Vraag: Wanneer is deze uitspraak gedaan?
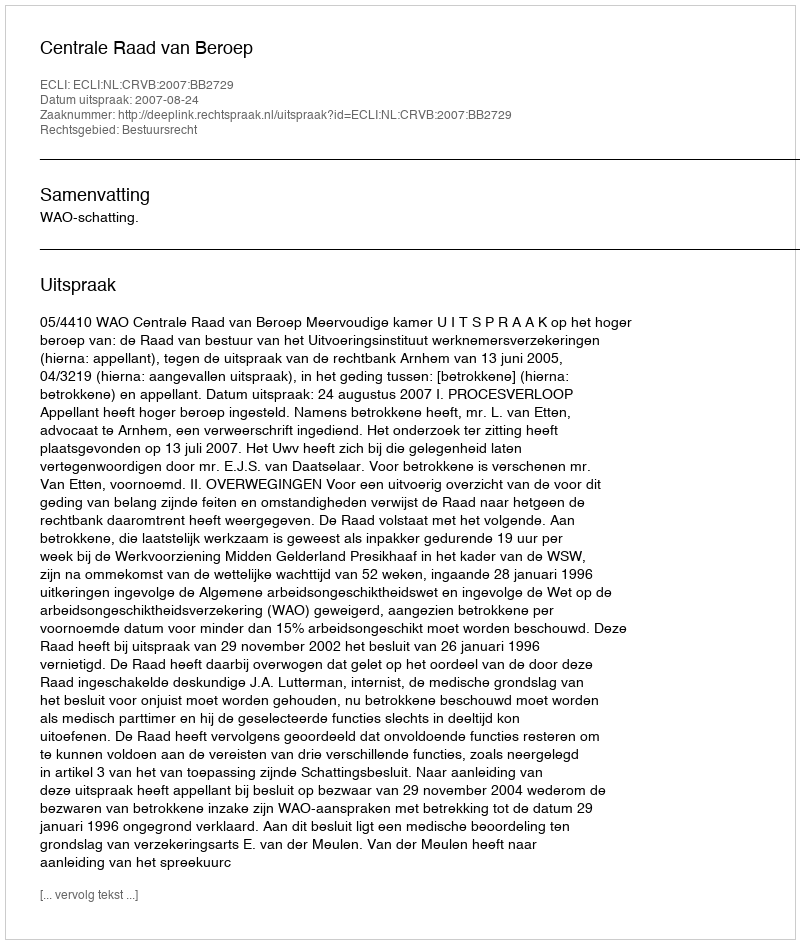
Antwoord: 2007-08-24